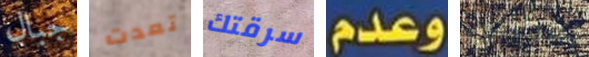
جبال تعدت سرقتك وعدم يمكنني